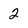
Character: 2